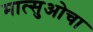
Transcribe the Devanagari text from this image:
मात्सुओचा